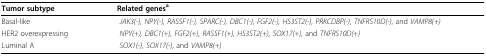
<table><thead><tr><td><b>Tumor subtype</b></td><td><b>Related genes<sup>a</sup></b></td></tr></thead><tbody><tr><td>Basal-like</td><td><i> JAK3(-), NPY(-), RASSF1(-), SPARC(-), DBC1(-), FGF2(-), HS3ST2(-), PRKCDBP(-), TNFRS10D(-)</i>, and <i>VAMP8(+)</i></td></tr><tr><td>HER2 overexpressing</td><td><i> NPY(+), DBC1(+), FGF2(+), RASSF1(+), HS3ST2(+), SOX17(+)</i>, and <i>TNFRS10D(+)</i></td></tr><tr><td>Luminal A</td><td><i> SOX1(-), SOX17(-)</i>, and <i>VAMP8(+)</i></td></tr></tbody></table>